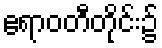
ဧရာဝတီတိုင်း၌